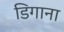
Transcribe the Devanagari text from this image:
डिगाना